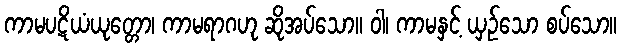
ကာမပဋိယံယုတ္တော၊ ကာမရာဂဟု ဆိုအပ်သော။ ဝါ၊ ကာမနှင့် ယှဉ်သော စပ်သော။